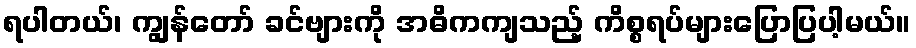
ရပါတယ်၊ ကျွန်တော် ခင်ဗျားကို အဓိကကျသည့် ကိစ္စရပ်များပြောပြပါ့မယ်။